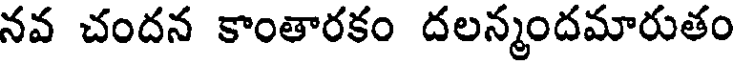
నవ చందన కాంతారకం దలన్మందమారుతం